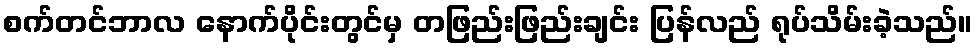
စက်တင်ဘာလ နောက်ပိုင်းတွင်မှ တဖြည်းဖြည်းချင်း ပြန်လည် ရုပ်သိမ်းခဲ့သည်။